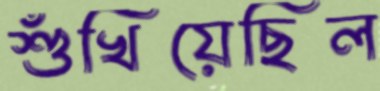
শুঁখিয়েছিল